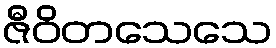
ဇီဝိတသေသေ